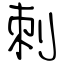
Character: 刺